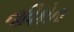
નાવિકોના